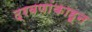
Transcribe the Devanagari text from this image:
द्रवणांकाहून